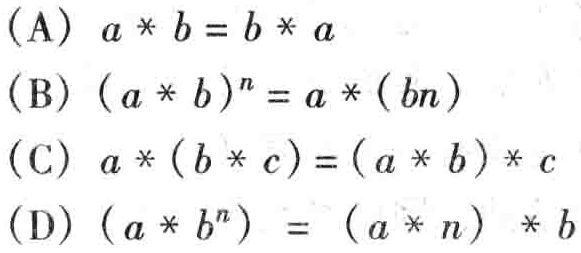
(A) \(a * b = b * a\)
(B) \((a * b)^n = a * (bn)\)
(C) \(a * (b * c) = (a * b) * c\)
(D) \((a * b^n) = (a * n) * b\)